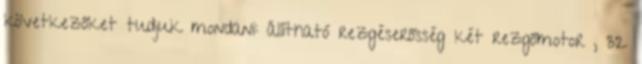
következőket tudjuk mondani: állítható rezgéserősség két rezgőmotor , 32